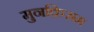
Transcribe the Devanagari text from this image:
मुनक़िसम